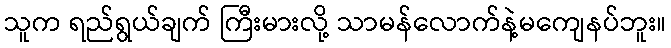
သူက ရည်ရွယ်ချက် ကြီးမားလို့ သာမန်လောက်နဲ့မကျေနပ်ဘူး။